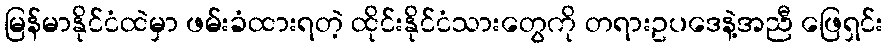
မြန်မာနိုင်ငံထဲမှာ ဖမ်းခံထားရတဲ့ ထိုင်းနိုင်ငံသားတွေကို တရားဥပဒေနဲ့အညီ ဖြေရှင်း